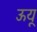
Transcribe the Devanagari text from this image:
ऊयू